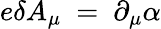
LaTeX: e\delta A_{\mu}~=~\partial_{\mu}\alpha